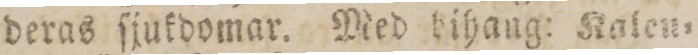
deras ſjukdomar. Med bihang: Kalen=